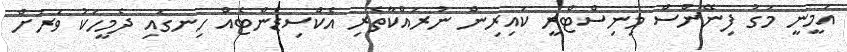
އަމީނީ މަގު ފިނޭންސް މިނިސްޓްރީ ކައިރިން ނުރައްކާތެރި އެކްސިޑެންޓެއް ހިނގައި ދެމީހަކު ވަރަށް